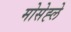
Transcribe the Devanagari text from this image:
मोसेह्ले